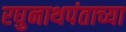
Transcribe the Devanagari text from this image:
रघुनाथपंताच्या